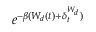
e ^ { - \beta ( W _ { d } ( t ) + \delta _ { t } ^ { W _ { d } } ) }